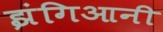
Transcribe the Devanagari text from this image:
झंगिआनी